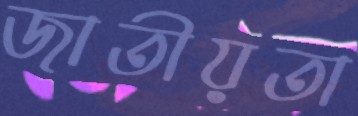
জাতীয়তা